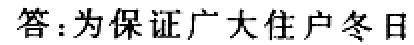
答：为保证广大住户冬日